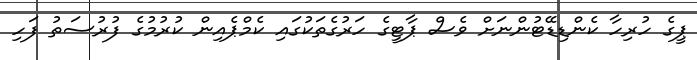
ޕީގެ ހުރިހާ ކެންޑިޑޭޓުންނަށް ވެސް ޕާޓީގެ ހަރުގެތަކުގައި ކެމްޕެއިން ކުރުމުގެ ފުރުސަތު ފަހި